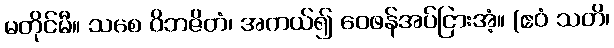
မတိုင်မီ။ သစေ ဝိဘဇိတံ၊ အကယ်၍ ဝေဖန်အပ်ငြားအံ့။ (ဧဝံ သတိ၊